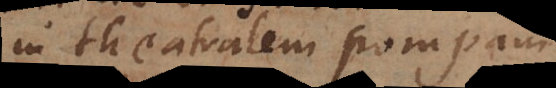
in theatralem pompam